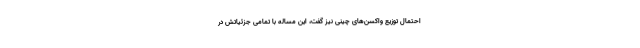
احتمال توزیع واکسن‌های چینی نیز گفت، این مساله با تمامی جزئیاتش در